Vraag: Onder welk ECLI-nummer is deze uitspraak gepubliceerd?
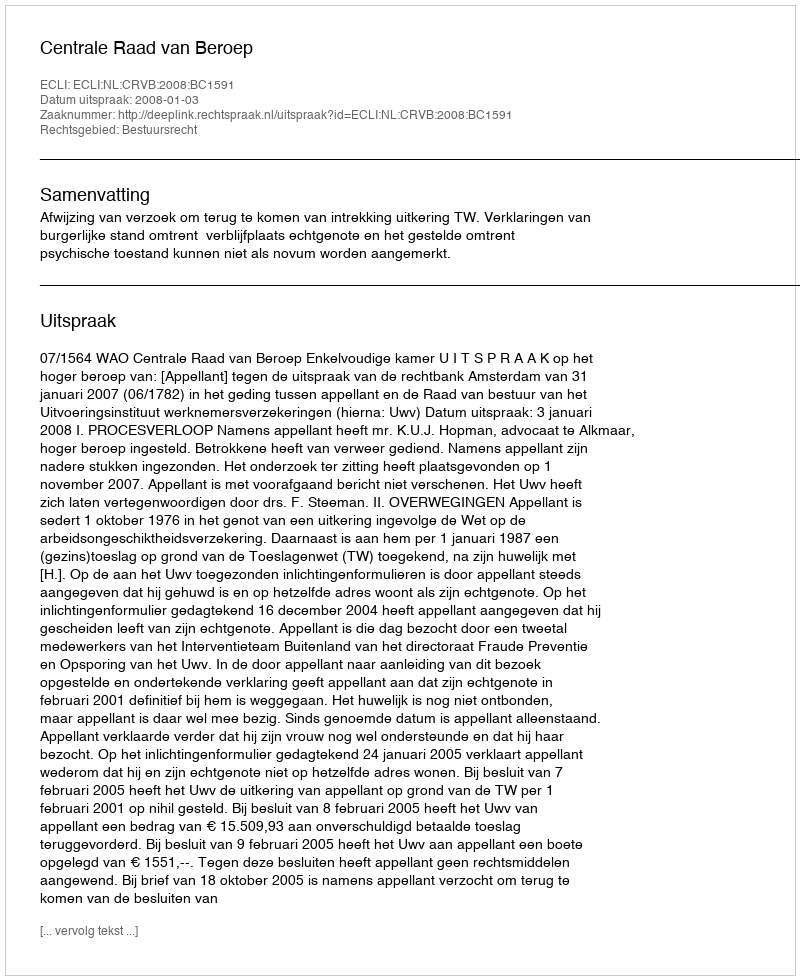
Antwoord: ECLI:NL:CRVB:2008:BC1591